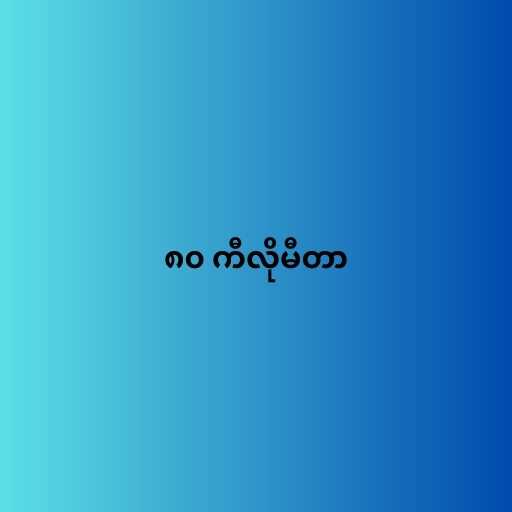
၈၀ ကီလိုမီတာ